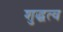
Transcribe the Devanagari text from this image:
शुद्धत्व